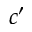
c ^ { \prime }